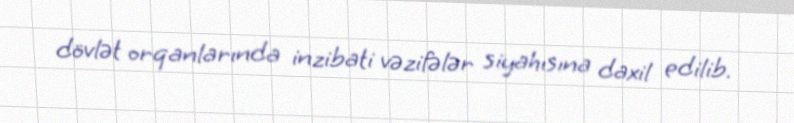
dövlət orqanlarında inzibati vəzifələr siyahısına daxil edilib.